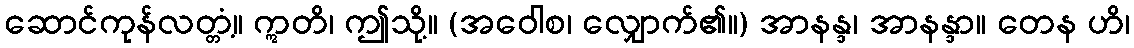
ဆောင်ကုန်လတ္တံ့။ ဣတိ၊ ဤသို့။ (အဝေါစ၊ လျှောက်၏။) အာနန္ဒ၊ အာနန္ဒာ။ တေန ဟိ၊